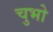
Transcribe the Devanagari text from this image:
चुभो